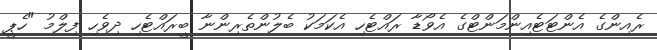
ރެއިންގެ އެންޓަޓެއިންމަންޓްގެ އެވޯޑާ ރައްޓެހި އެކަމަކު ބެލުންތެރިންނާ ބީރައްޓެހި ދިވެހި ފިލްމު "ހެޕީ